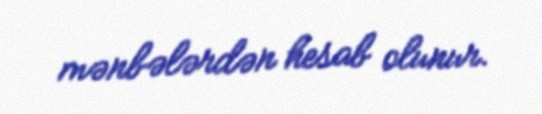
mənbələrdən hesab olunur.